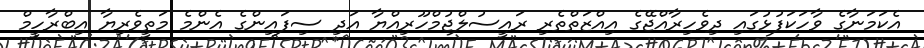
އެކަމަނާގެ ވާހަކަފުޅުގައި ދިވެހިރާއްޖޭގެ އިއްޒަތްތެރި ރައީސުލްޖުމްހޫރިއްޔާ އަދި ސިފައިންގެ އެންމެ މަތީވެރިޔާ އިބްރާހީމް